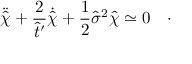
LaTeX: \ddot { \hat { \chi } } + \frac { 2 } { \hat { t } ^ { \prime } } \dot { \hat { \chi } } + \frac { 1 } { 2 } \hat { \sigma } ^ { 2 } \hat { \chi } \simeq 0 \quad \cdot